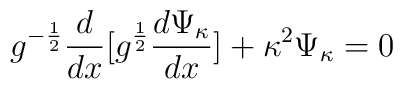
g^{-\frac{1}{2}} \frac{d}{dx}[g^{\frac{1}{2}} \frac{d \Psi_{\kappa} }{dx} ]+\kappa^2 \Psi_{\kappa}  =0